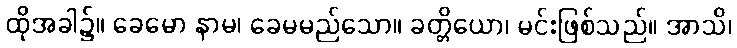
ထိုအခါ၌။ ခေမော နာမ၊ ခေမမည်သော။ ခတ္တိယော၊ မင်းဖြစ်သည်။ အာသိ၊